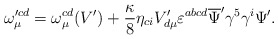
\begin{align*}\omega_{\mu}^{\prime cd}=\omega_{\mu}^{cd}(V^{\prime})+\frac{\kappa}{8}\eta_{ci}V^{\prime}_{d\mu}\varepsilon^{abcd}\overline{\Psi}^{\prime}\gamma^{5}\gamma^{i}\Psi^{\prime}. \end{align*}